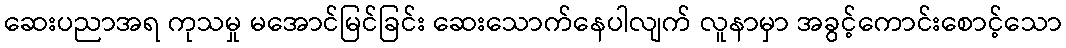
ဆေးပညာအရ ကုသမှု မအောင်မြင်ခြင်း ဆေးသောက်နေပါလျက် လူနာမှာ အခွင့်ကောင်းစောင့်သော